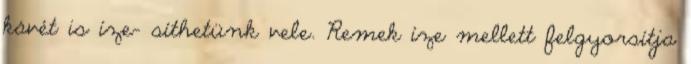
kávét is íze- síthetünk vele. Remek íze mellett felgyorsítja